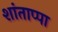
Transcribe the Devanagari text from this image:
शांताप्पा